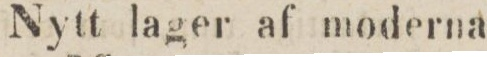
Nytt lager af moderna